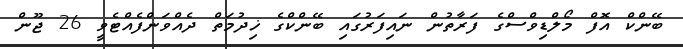
ބޭންކް އޮފް މޯލްޑިވްސްގެ ފަރާތުން ނައިފަރުގައި ބޭންކްގެ ޚިދުމަތް ދެއްވަންފެއްޓެވީ 26 ޖޫން